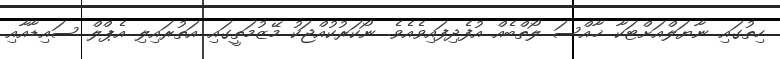
ހިތުގައި ނާޔަލްއަށްޓަކާ ޚާއްސަ ލޯތްބެއް އުފެދިފައިވެއެވެ. ނޯކަރުކުއްޖަކު މޭޒުމަތީގައި އަތުރައިލި އެޕްލް ސައިޑާއާއި